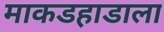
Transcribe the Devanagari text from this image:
माकडहाडाला